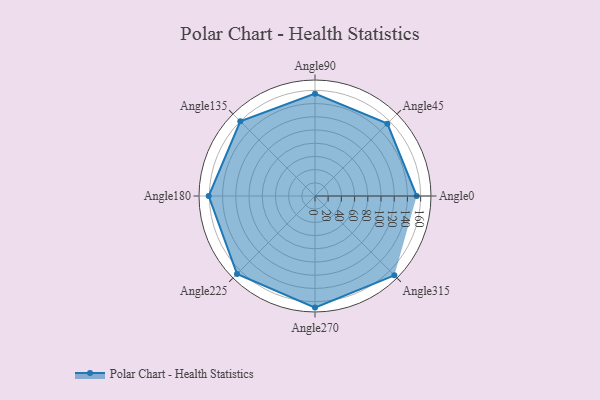
{"axis": {"x": "Angle", "y": "Radius"}, "legend": [""], "data": [{"x": "Angle0", "y": 154.0, "type": ""}, {"x": "Angle45", "y": 155.0, "type": ""}, {"x": "Angle90", "y": 155.0, "type": ""}, {"x": "Angle135", "y": 160.0, "type": ""}, {"x": "Angle180", "y": 161.0, "type": ""}, {"x": "Angle225", "y": 167.0, "type": ""}, {"x": "Angle270", "y": 169.0, "type": ""}, {"x": "Angle315", "y": 170, "type": ""}]}